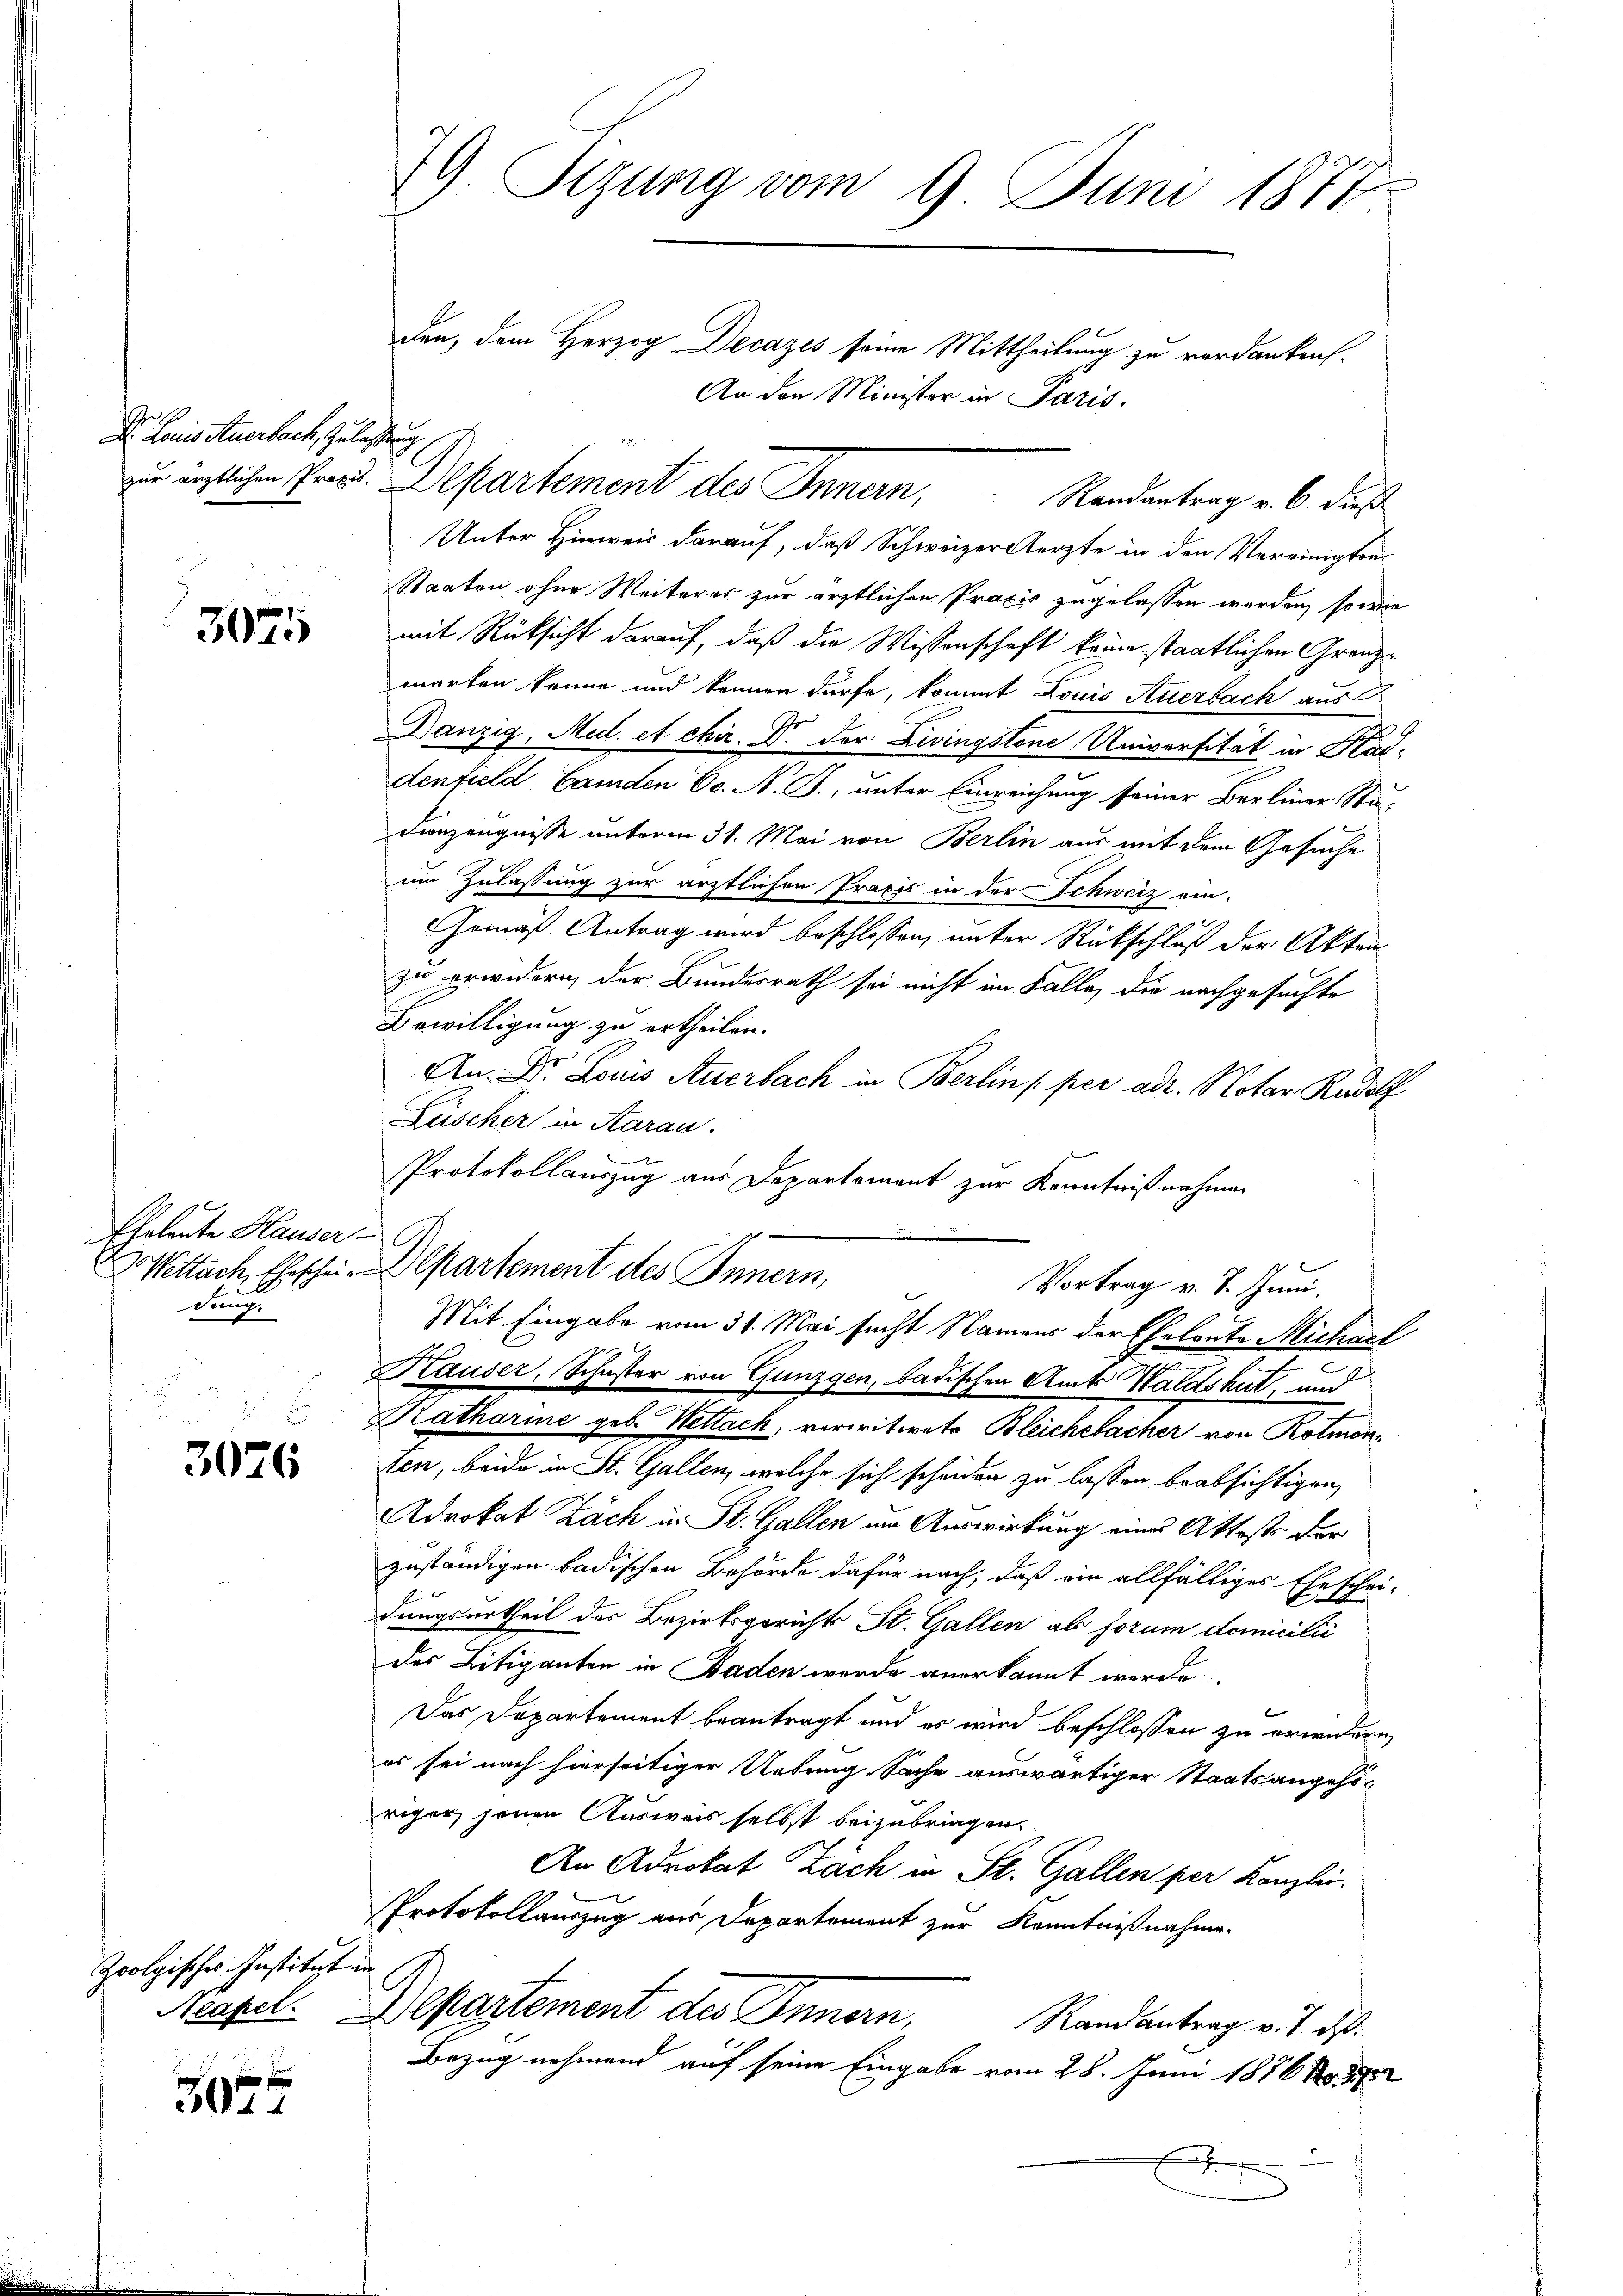
.
Dr. Lains Auerbach, Zulassung

3075

Eheleute Hauser
ettach, Eheschein
dung.

3026

Zoolgisches Institut in
Aeapel.

x f
301

79 Sizung vom 9. Juni 1877

Unter Hinweis darauf, daß Schweizer Aerzte in den Vereinigten
Staaten ohne Weiteres zur ärztlichen Praxis zugelassen werden, sowie
mit Rücksicht darauf, daß die Wissenschaft keine staatlichen Grenzmarken könne und können dürfe, kommt Louis Auerbach aus
Danzig, Med. et chir. Dr. der Zivingstone Universität in Klasdenfield Gemden Co. N. J., unter Einreichung seiner Berliner Stä¬
Sinzeugnisse unterm 31. Mai von Berlin aus mit dem Gesuche
im Zulassung zur ärztlichen Praxis in der Schweiz ein-
Gemäß Antrag wird beschlossen, unter Rückschluß der Akten
zu erwidern der Bundesrath sei nicht im Falle, die nachgesuchte
Bewilligung zu ertheilen.
An Dr. Louis Auerbach in Berlin / per adr. Notar Rudolf
Lüscher in Aarau
Protokollauszug aus Departement zur Kenntnißnahmen
x
Departement des Innern,
Vortrag v. 7. Juni.
Mit Eingabe vom 31. Mai sucht Namens der Eheleute Michael
.
Hauser, Schuster von Gunzgen, badischen Amts Waldshut und
Katharine geb. Nettach, verwitwete Bleichebacher von Rotmonten, beide in St. Gallen, welche sich scheiden zu lassen beabsichtigen,
Adrokat Zäch in St. Gallen im Auswirkung eines Attest der
zuständigen badischen Behörde dafür nach, daß ein allfälliges Eheschei-
dungsurtheil der Bezirksgerichts St. Gallen als forum domicilii
des Litiganten in Baden werde anerkannt werde.
Das Departement beantragt und es wird beschlossen zu erwidern,
es sei nach hierseitiger Uebung Sache auswärtiger Staatsangehö-
riger jenen Ausweis selbst beizubringen.
An Advokat Zach in St. Gallen per Kanzlei.
Protokollauszug aus Departement zur Kenntnißnahme.
Departement des Innen,
Randantrag v. J. das
Bezug nehmend auf seine Eingabe vom 28. Juni 1886 No. 5
f

den, dem Herzog Decazes seine Mittheilung zu verdanken.
An den Minister in Paris.
zur erstlichen Prof. Departement des Innern,
Randantrag v. 6. dies